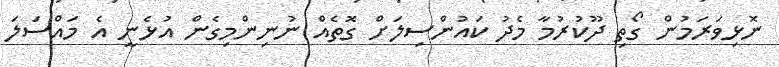
ނޮޅިވަރަމުން ގޯތި ދޫކުރުމާ މެދު ކައުންސިލަށް ގޮތެއް ނުނިންމިގެން އުޅެނީ އެ މައްސަލަ